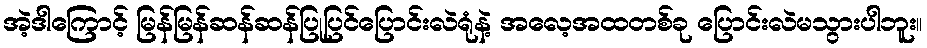
အဲ့ဒါကြောင့် မြန်မြန်ဆန်ဆန်ပြုပြင်ပြောင်းလဲရုံနဲ့ အလေ့အထတစ်ခု ပြောင်းလဲမသွားပါဘူး။